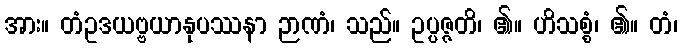
အား။ တံဥဒယဗ္ဗယာနုပဿနာ ဉာဏံ၊ သည်။ ဥပ္ပဇ္ဇတိ၊ ၏။ ဟိသစ္စံ၊ ၏။ တံ၊